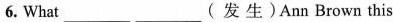
6. What ___ ___( 发生)Ann Brown this